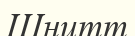
Шнитт